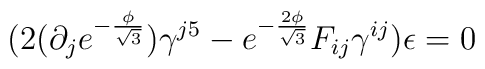
(2(\partial_je^{-\frac{\phi}{\sqrt{3}}})\gamma^{j5}-e^{-\frac{2\phi}{\sqrt{3}}}F_{ij}\gamma^{ij})\epsilon =0